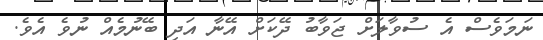
ނަމަވެސް އެ ސުވާލަށް ޖަވާބު ދޭކަށް އޭނާ އަދި ބޭނުމެއް ނުވެ އެވެ.